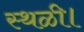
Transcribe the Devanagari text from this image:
स्थळी।